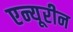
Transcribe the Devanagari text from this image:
एन्यूरीन